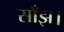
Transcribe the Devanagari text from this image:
साँझ।